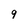
Character: q